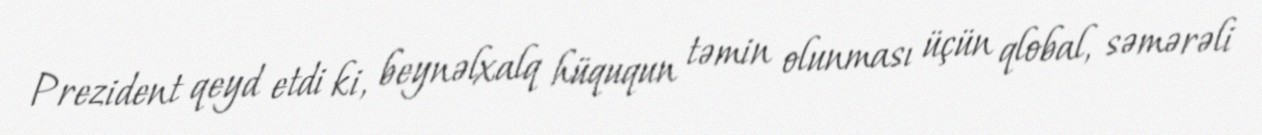
Prezident qeyd etdi ki, beynəlxalq hüququn təmin olunması üçün qlobal, səmərəli